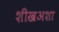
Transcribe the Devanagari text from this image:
शीखअशा